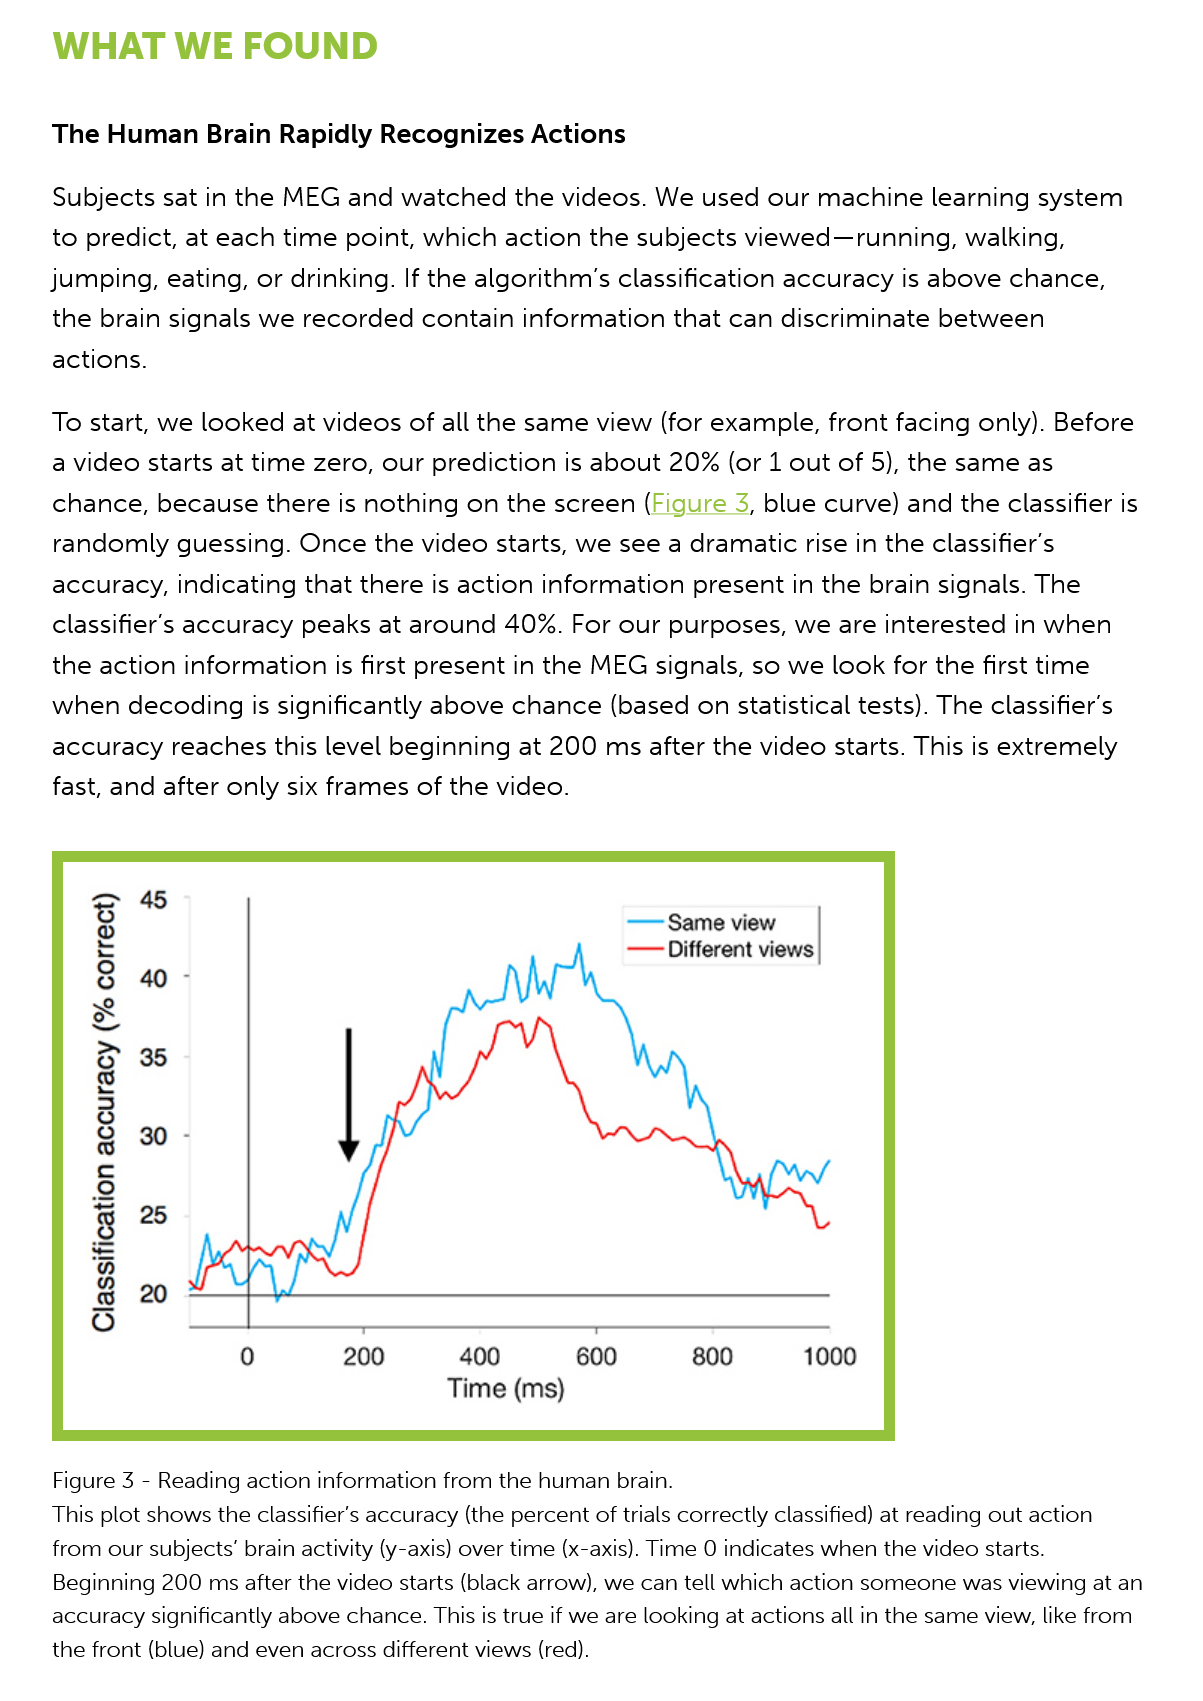
WHAT    WE    FOUND
     The  Human  Brain    Rapidly  Recognizes   Actions
     Subjects  sat in the MEG   and watched    the videos. We  used  our  machine learning    system
     to predict, at each  time  point, which  action the  subjects viewed—running,    walking,
     jumping,   eating, or drinking. If the algorithm’s classification accuracy  is above  chance,
     the  brain signals we  recorded  contain  information   that can discriminate   between
     actions.
     To  start, we looked  at videos of all the same  view  (for example,  front facing only). Before
     a video starts at time  zero, our prediction  is about 20%   (or 1 out of 5), the same  as
     chance,   because  there  is nothing on  the screen  (Figure 3, blue curve)  and  the classifier is
     randomly   guessing.  Once   the video  starts, we see a dramatic   rise in the classifier’s
     accuracy,   indicating that there is action information   present in the brain  signals. The
     classifier's accuracy  peaks  at around  40%.  For our purposes,   we  are interested in when
     the action  information is first present  in the MEG  signals, so we  look for the first time
     when decoding   is  significantly above  chance   (based  on statistical tests). The classifier’s
     accuracy   reaches this  level beginning  at 200  ms after the  video starts. This is extremely
     fast, and after only six frames  of the video.
     200
     Figure 3
     -
     Reading action information from the human brain.
     This plot shows the classifier’s accuracy (the percent of trials correctly classified) at reading out action
     from our subjects’ brain activity (y-axis) over time (x-axis). Time 0 indicates when the video starts.
     Beginning 200 ms after the video starts (black arrow), we can tell which action someone was viewing at an
     accuracy significantly above chance. This is true if we are looking at actions all in the same view, like from
     the front (blue) and even across different views (red).
     Time  (ms)
     600 400    800    1000
     —— Same view
     —  Different views (y99100
     %)
     Aoeunooe
     uol}eoyIsse|D